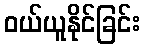
ဝယ်ယူနိုင်ခြင်း